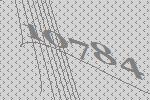
10784